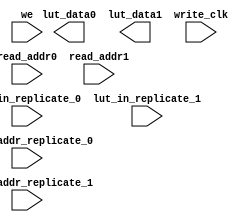
module sym_vn_lut (
    output wire [2:0] lut_data0,
    output wire [2:0] lut_data1,

    input wire [2:0] lut_in_replicate_0,
    input wire [4:0] write_addr_replicate_0,

    input wire [2:0] lut_in_replicate_1,
    input wire [4:0] write_addr_replicate_1,
        
    input wire [4:0] read_addr0,
    input wire [4:0] read_addr1,
    
    input wire we,
    input wire write_clk
 );

`ifdef LUTRAM_INFER
	// Port 0
   	(* ram_style="distributed" *) reg [1:0] lut_page_bitData_port0_0 [0:`VN_LOAD_CYCLE-1];
   	(* ram_style="distributed" *) reg [0:0] lut_page_bitData_port0_1 [0:`VN_LOAD_CYCLE-1];
	assign lut_data0 = {lut_page_bitData_port0_0[ read_addr0[4:0] ][1:0], lut_page_bitData_port0_1[ read_addr0[4:0] ][0:0]};
	always @(posedge write_clk) begin
		if(we == 1'b1)	begin 
			lut_page_bitData_port0_0[ write_addr_replicate_0[4:0] ][1:0] <= lut_in_replicate_0[2:1];
			lut_page_bitData_port0_1[ write_addr_replicate_0[4:0] ][0:0] <= lut_in_replicate_0[0:0];
		end
	end

    // Port 1
    (* ram_style="distributed" *) reg [1:0] lut_page_bitData_port1_0 [0:`VN_LOAD_CYCLE-1];
    (* ram_style="distributed" *) reg [0:0] lut_page_bitData_port1_1 [0:`VN_LOAD_CYCLE-1];
    assign lut_data1 = {lut_page_bitData_port1_0[ read_addr1[4:0] ][1:0], lut_page_bitData_port1_1[ read_addr1[4:0] ][0:0]};
    always @(posedge write_clk) begin
        if(we == 1'b1)  begin 
            lut_page_bitData_port1_0[ write_addr_replicate_1[4:0] ][1:0] <= lut_in_replicate_1[2:1];
            lut_page_bitData_port1_1[ write_addr_replicate_1[4:0] ][0:0] <= lut_in_replicate_1[0:0];
        end
    end 
`else
`endif
endmodule